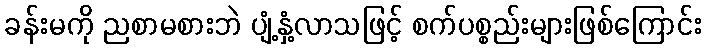
ခန်းမကို ညစာမစားဘဲ ပျံ့နှံ့လာသဖြင့် စက်ပစ္စည်းများဖြစ်ကြောင်း